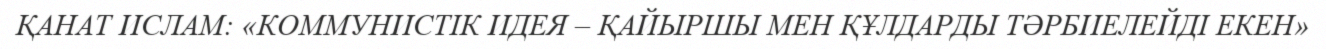
ҚАНАТ ИСЛАМ: «КОММУНИСТІК ИДЕЯ – ҚАЙЫРШЫ МЕН ҚҰЛДАРДЫ ТӘРБИЕЛЕЙДІ ЕКЕН»